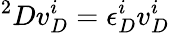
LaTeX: {}^{2}Dv_{D}^{i}=\epsilon_{D}^{i}v_{D}^{i}